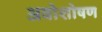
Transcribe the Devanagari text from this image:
अवोशोषण